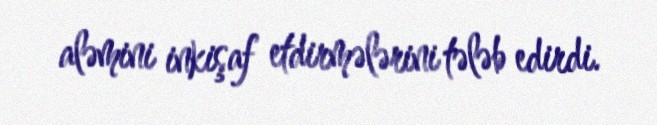
aləmini inkişaf etdirmələrini tələb edirdi.